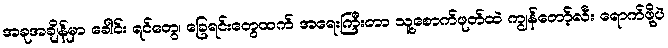
အခုအချိန်မှာ ခေါင်း ရင်တွေ၊ ခြေရင်းတွေထက် အရေးကြီးတာ သူ့စောက်ဖုတ်ထဲ ကျွန်တော့်လီး ရောက်ဖို့ပဲ